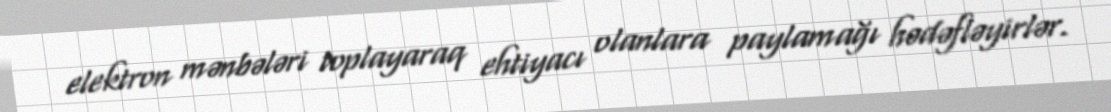
elektron mənbələri toplayaraq ehtiyacı olanlara paylamağı hədəfləyirlər.